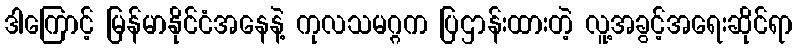
ဒါကြောင့် မြန်မာနိုင်ငံအနေနဲ့ ကုလသမဂ္ဂက ပြဌာန်းထားတဲ့ လူ့အခွင့်အရေးဆိုင်ရာ